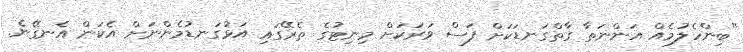
"ބިންހެލުމެއް އަންނަތާ ގާތްގަނޑަކަށް ފަސް ވަރަކަށް މިނިޓުގެ ތެރޭގައި އަޅުގަނޑުމެންނަށް އެކަން އެނގޭނެ.